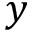
y